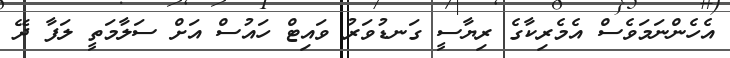
އެހެންނަމަވެސް އެމެރިކާގެ ރިޔާސީ ގަނޑުވަރު ވައިޓް ހައުސް އަށް ސަލާމަތީ ލަފާ ދޭ